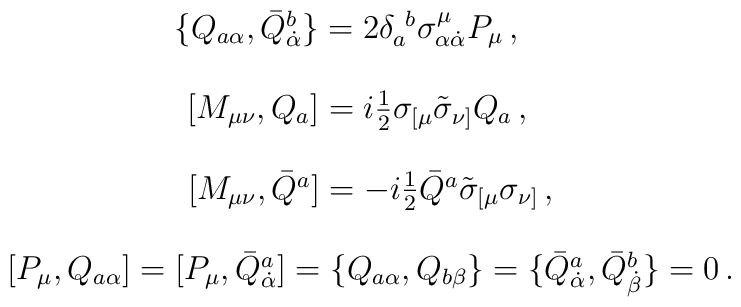
\begin{array}{c}\{Q_{a\alpha}, \bar{Q}^{b}_{\dot{\alpha}}\}=2\delta_{a}^{~b}\sigma^{\mu}_{\alpha\dot{\alpha}}P_{\mu}\,,~~~~\\{}\\{}[M_{\mu\nu},Q_{a}]=i\textstyle{\frac{1}{2}}\sigma_{[\mu}\tilde{\sigma}_{\nu]}Q_{a}\,,~~\\{}\\{}[M_{\mu\nu},\bar{Q}^{a}]=-i\textstyle{\frac{1}{2}}\bar{Q}^{a}\tilde{\sigma}_{[\mu}\sigma_{\nu]}\,,\\{}\\{}[{P}_{\mu},Q_{a\alpha}]=[P_{\mu},\bar{Q}^{a}_{\dot{\alpha}}]=\{Q_{a\alpha},Q_{b\beta}\}=\{\bar{Q}^{a}_{\dot{\alpha}},\bar{Q}^{b}_{\dot{\beta}}\}=0\,.\end{array}